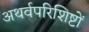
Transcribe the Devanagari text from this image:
अथर्वपरिशिष्टों